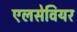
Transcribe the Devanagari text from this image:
एलसेवियर